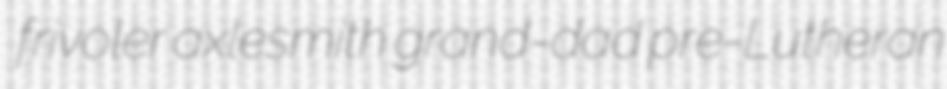
frivoler axlesmith grand-dad pre-Lutheran